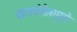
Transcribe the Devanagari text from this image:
सालमोनेलामुळे